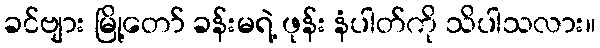
ခင်ဗျား မြို့တော် ခန်းမရဲ့ ဖုန်း နံပါတ်ကို သိပါသလား။